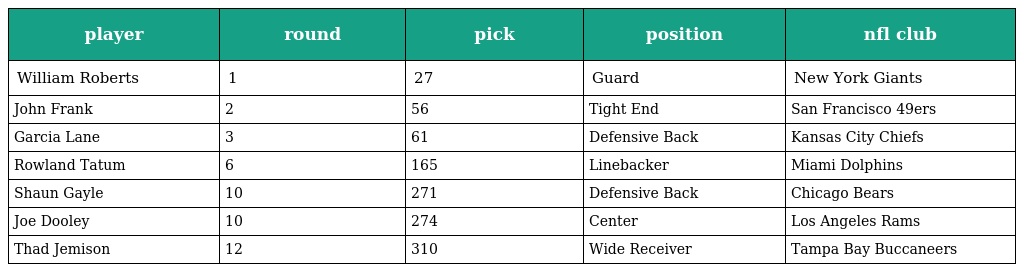
| player | round | pick | position | nfl club |
 | --- | --- | --- | --- | --- |
 | William Roberts | 1 | 27 | Guard | New York Giants |
 | John Frank | 2 | 56 | Tight End | San Francisco 49ers |
 | Garcia Lane | 3 | 61 | Defensive Back | Kansas City Chiefs |
 | Rowland Tatum | 6 | 165 | Linebacker | Miami Dolphins |
 | Shaun Gayle | 10 | 271 | Defensive Back | Chicago Bears |
 | Joe Dooley | 10 | 274 | Center | Los Angeles Rams |
 | Thad Jemison | 12 | 310 | Wide Receiver | Tampa Bay Buccaneers |